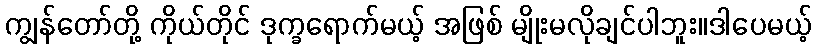
ကျွန်တော်တို့ ကိုယ်တိုင် ဒုက္ခရောက်မယ့် အဖြစ် မျိုးမလိုချင်ပါဘူး။ဒါပေမယ့်